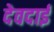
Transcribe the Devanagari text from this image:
देवदाई